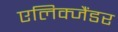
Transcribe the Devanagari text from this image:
एलिक्जैंडर